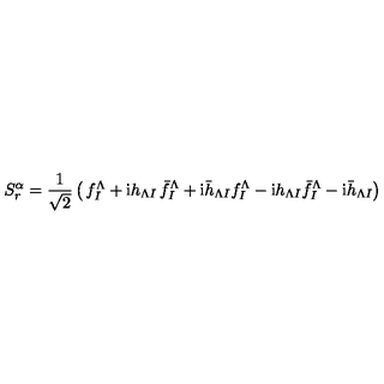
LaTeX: S _ { r } ^ { \alpha } = { \frac { 1 } { \sqrt { 2 } } } \left( \begin{matrix} { f _ { I } ^ { \Lambda } + \mathrm { i } h _ { \Lambda I } } & { \bar { f } _ { I } ^ { \Lambda } + \mathrm { i } \bar { h } _ { \Lambda I } } \\ { f _ { I } ^ { \Lambda } - \mathrm { i } h _ { \Lambda I } } & { \bar { f } _ { I } ^ { \Lambda } - \mathrm { i } \bar { h } _ { \Lambda I } } \\ \end{matrix} \right)